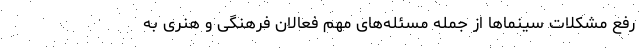
رفع مشکلاتِ سینماها از جمله مسئله‌های مهم فعالان فرهنگی و هنری به